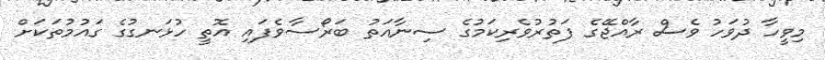
މިވީހާ ދުވަހު ވެސް ރާއްޖޭގެ ފަތުރުވެރިކަމުގެ ސިނާއަތު ބަރޯސާވެފައި އޮތީ ހުޅަނގުގެ ގައުމުތަކަށް